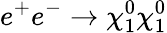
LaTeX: e^{+}e^{-}\to\chi_{1}^{0}\chi_{1}^{0}